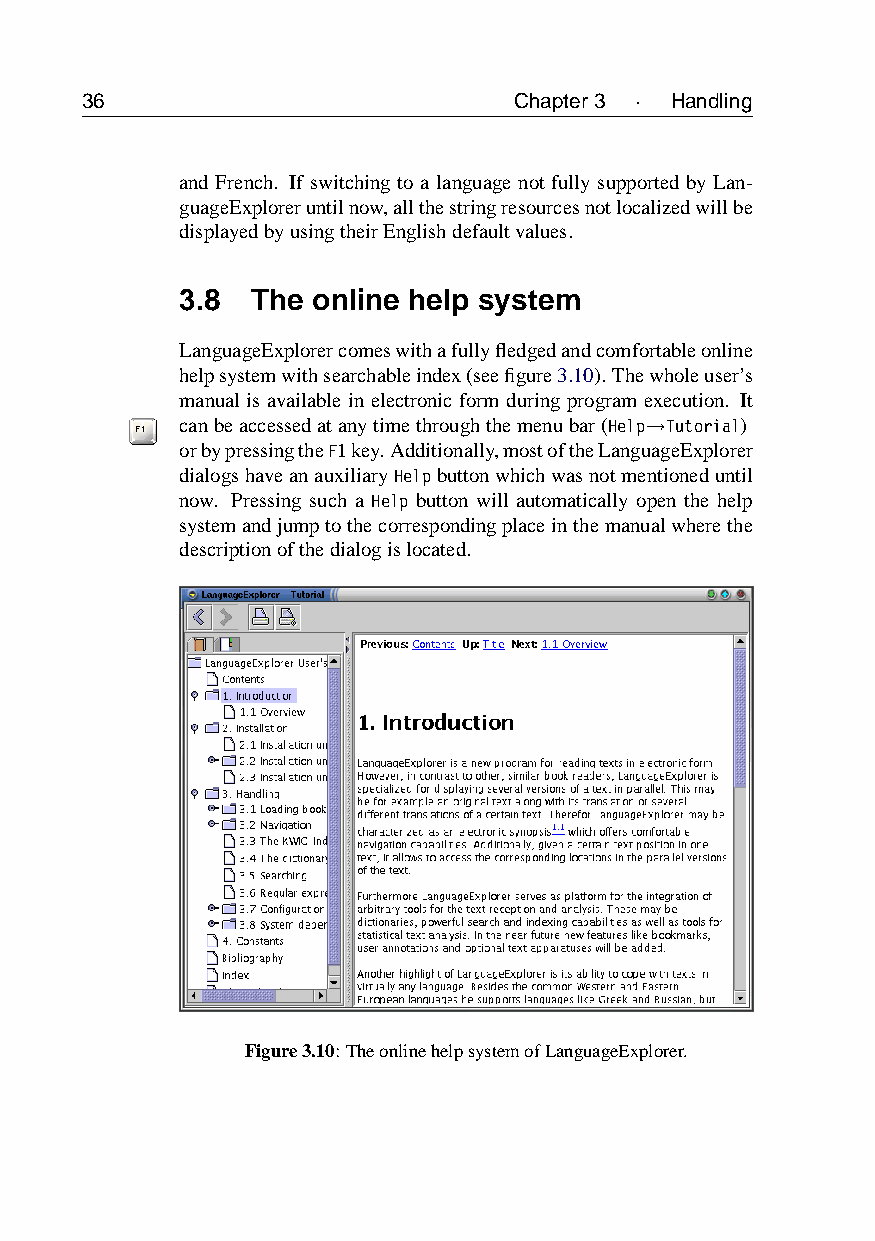
36                           Chapter3 · Handling
 and French. If switching to a language not fully supported by Lan-
 guageExploreruntilnow,allthestringresourcesnotlocalizedwillbe
 displayedbyusingtheirEnglishdefaultvalues.
 3.8  The online help system
 LanguageExplorercomeswithafullyfledgedandcomfortableonline
 helpsystemwithsearchableindex(seefigure3.10).Thewholeuser’s
 manual is available in electronic form during program execution. It
 canbeaccessedatanytimethroughthemenubar(Help→Tutorial)
 orbypressingtheF1key.Additionally,mostoftheLanguageExplorer
 dialogshaveanauxiliaryHelpbuttonwhichwasnotmentioneduntil
 now. Pressing such a Help button will automatically open the help
 systemandjumptothecorrespondingplaceinthemanualwherethe
 descriptionofthedialogislocated.
 Figure3.10:TheonlinehelpsystemofLanguageExplorer.